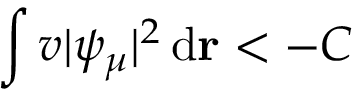
\int v | \psi _ { \mu } | ^ { 2 } \, \mathrm { d } \mathbf { r } < - C